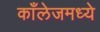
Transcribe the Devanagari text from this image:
काँलेजमध्ये